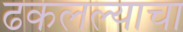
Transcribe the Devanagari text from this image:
ढकलल्याचा